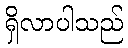
ရှိလာပါသည်